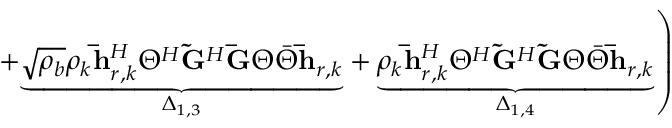
\left. + \underset { \Delta _ { 1 , 3 } } { \underbrace { \sqrt { \rho _ { b } } \rho _ { k } \mathbf { \bar { h } } _ { r , k } ^ { H } \Theta ^ { H } \mathbf { \tilde { G } } ^ { H } \mathbf { \bar { G } } \Theta \bar { \Theta } \mathbf { \bar { h } } _ { r , k } } } + \underset { \Delta _ { 1 , 4 } } { \underbrace { \rho _ { k } \mathbf { \bar { h } } _ { r , k } ^ { H } \Theta ^ { H } \mathbf { \tilde { G } } ^ { H } \mathbf { \tilde { G } } \Theta \bar { \Theta } \mathbf { \bar { h } } _ { r , k } } } \right)